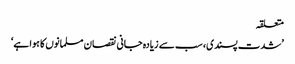
متعلقہ
’شدت پسندی، سب سے زیادہ جانی نقصان مسلمانوں کا ہوا ہے‘